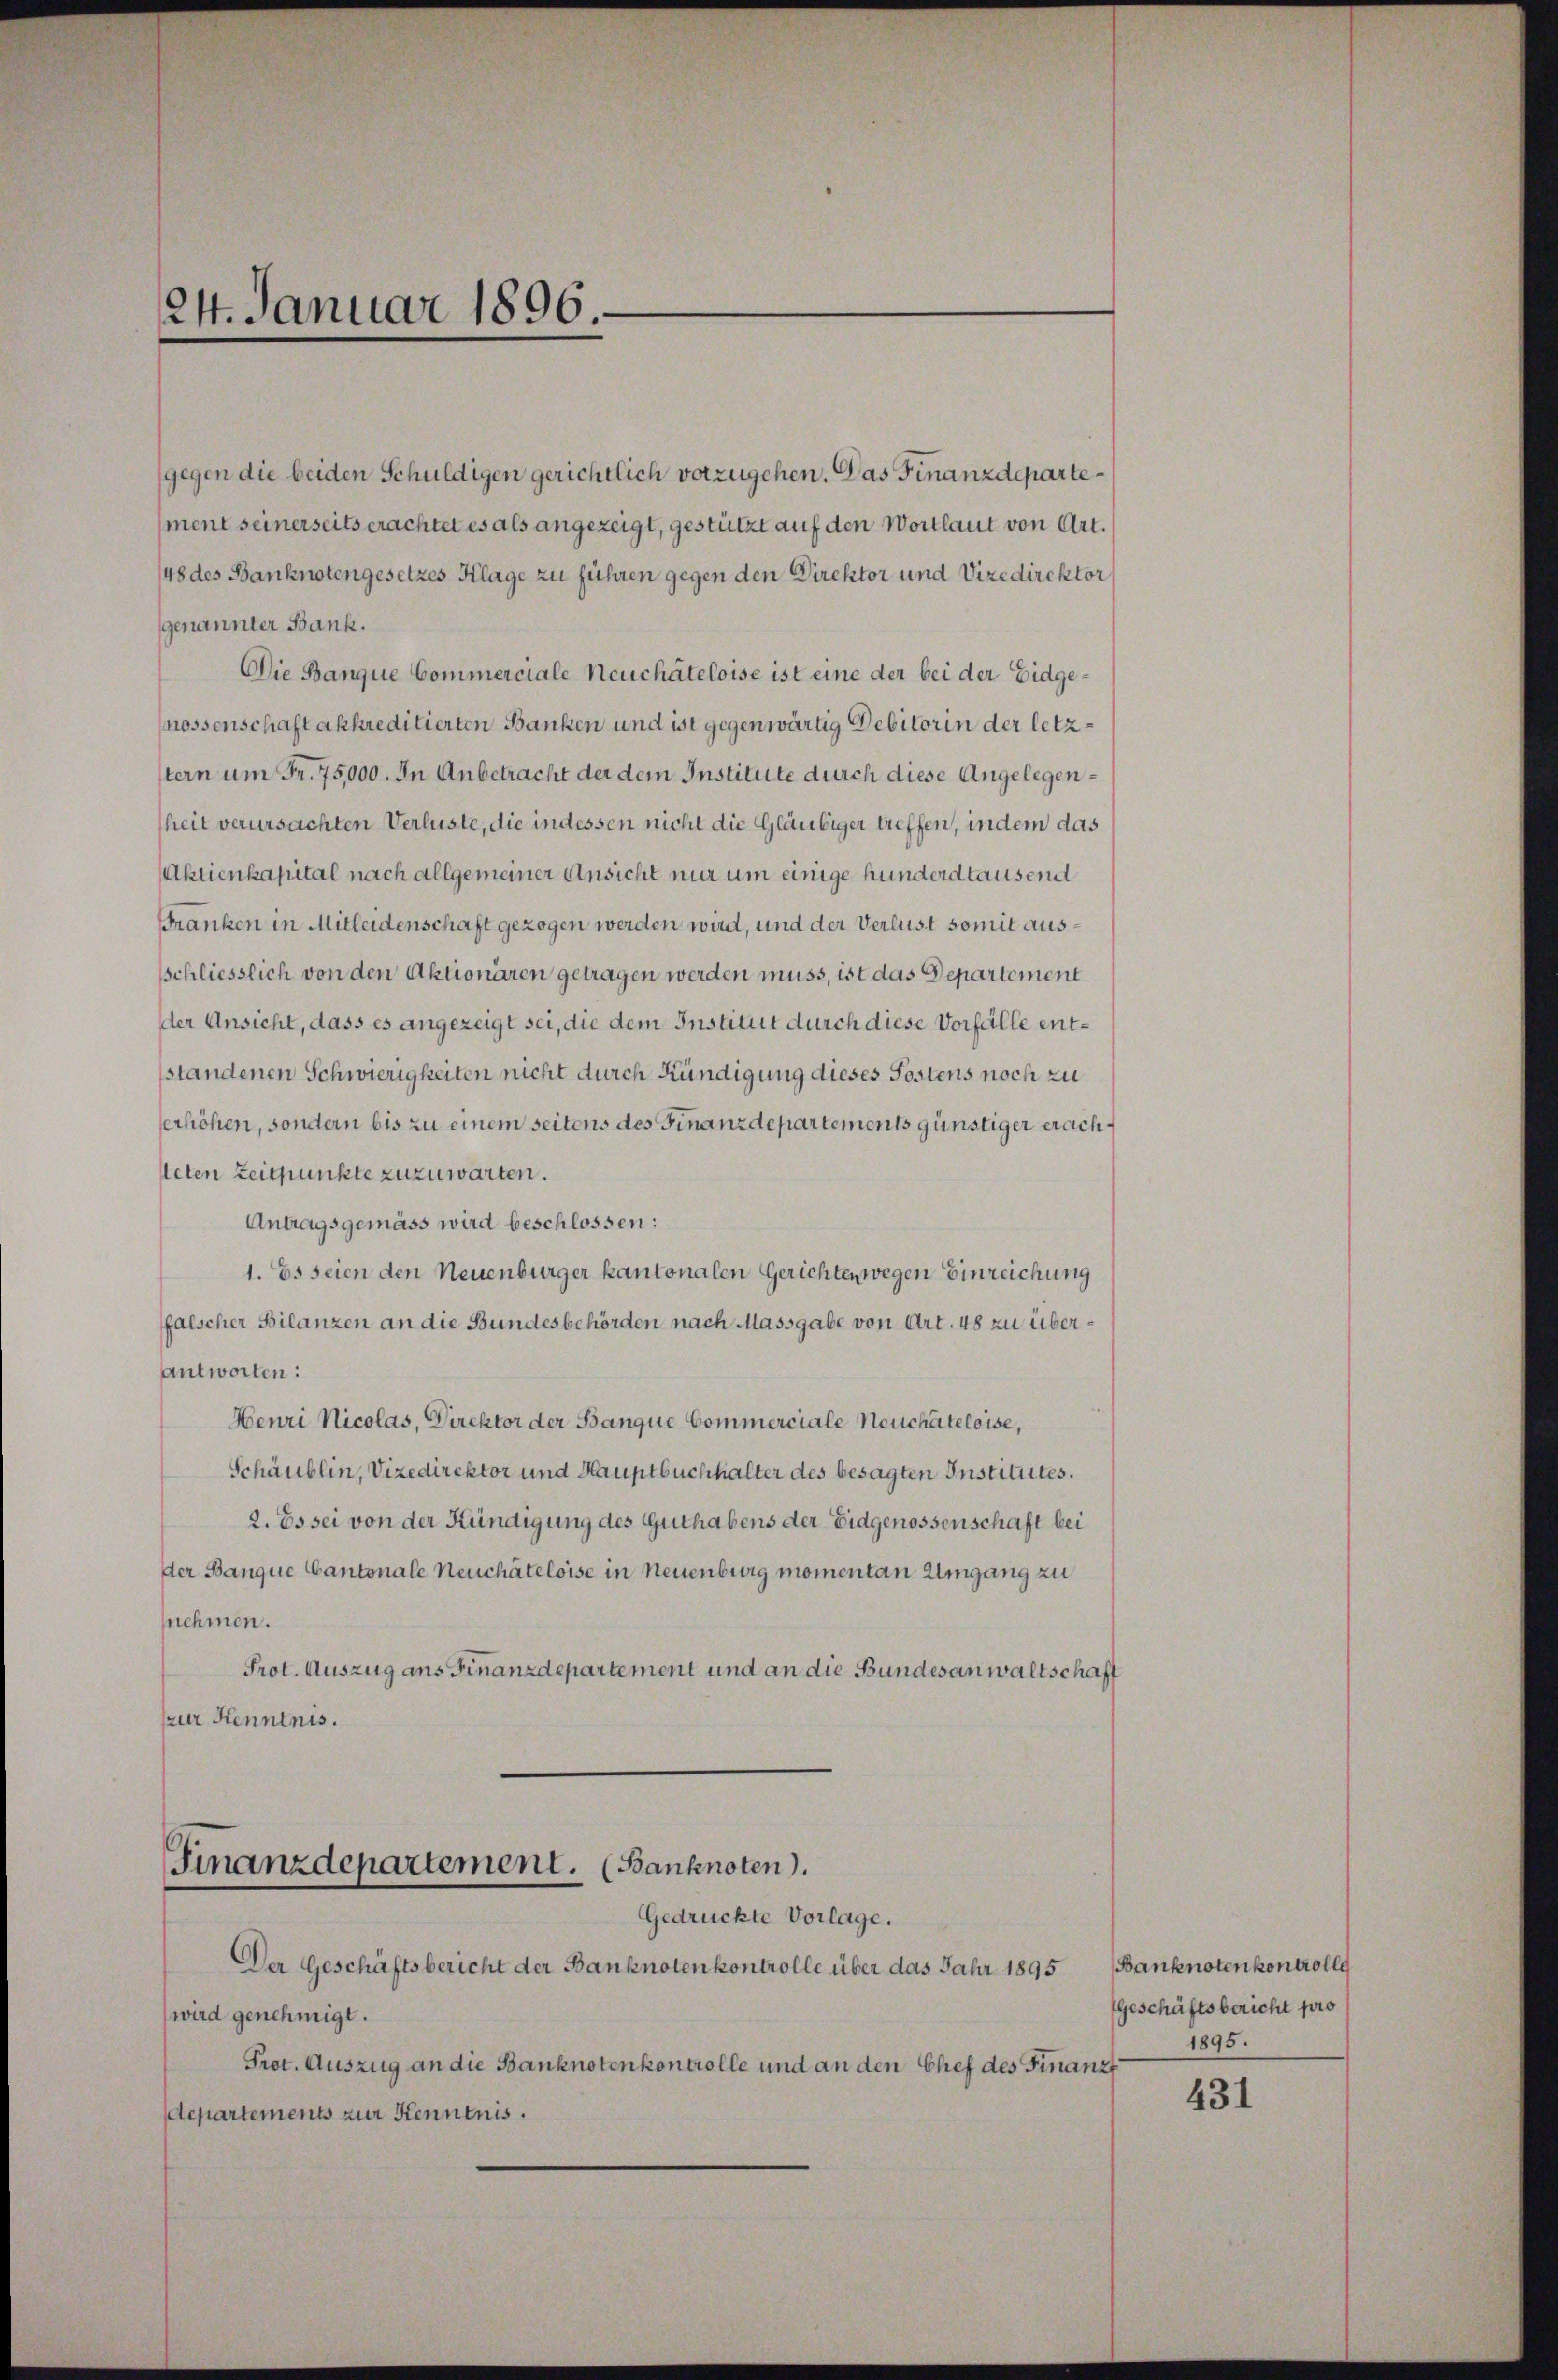
24. Januar 1896

gegen die beiden Schuldigen gerichtlich vorzugehen. Das Finanzdepartement seinerseits erachtet es als angezeigt, gestützt auf den Wortlaut von Art.
48 des Banknotengesetzes Klage zu führen gegen den Direktor und Vizedirektors
genannter Bank.
Die Banque Commerciale Neuchâteloise ist eine der bei der Eidgenossenschaft akkreditierten Banken und ist gegenwärtig Debitorin der letztern um Fr. 75,000. In Anbetracht der dem Institute durch diese Angelegenheit verursachten Verluste, die indessen nicht die Gläubiger treffen, indem das
Aktienkapital nach allgemeiner Ansicht nur um einige hunderd tausend
Franken in Mitleidenschaft gezogen werden wird, und der Verlust somit aussschliesslich von den Aktionären getragen werden muss, ist das Departement
der Ansicht, dass es angezeigt sei, die dem Institut durch diese Vorfälle entstandenen Schwierigkeiten nicht durch Kündigung dieses Postens noch zu
erhöhen, sondern bis zu einem seitens des Finanzdepartements günstiger erach¬
Acten Zeitpunkte zuzuwarten.
Antragsgemäss wird beschlossen:
1. Es seien den Neuenburger kantonalen Gerichten wegen Einreichung
falscher Bilanzen an die Bundesbehörden nach Massgabe von Art. 48 zu überantworten:
Henri Nicolas, Direktor der Banque Commerciale Neuchateloise,
Schäublin, Vizedirektor und Hauptbuchhalter des besagten Institutes.
2. Es sei von der Kündigung des Guthabens der Eidgenossenschaft bei
der Banque Cantonale Neuchâteloise in Neuenburg momentan Umgang zu
nehmen.
Prot. Auszug aus Finanzdepartement und an die Bundesanwaltschaft
zur Kenntnis.

Finanzdepartement. (Banknoten.
Gedrückte Vorlage.
Der Geschäftsbericht der Banknoten kontrolle über das Jahr 1895

wird genehmigt.
Prot. Auszug an die Banknotenkontrolle und an den Chef des Finanz
departements zur Kenntnis.

Banknotenkontrollg
Geschäftsbericht pro
1895.

431